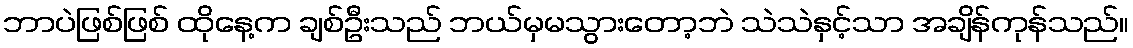
ဘာပဲဖြစ်ဖြစ် ထိုနေ့က ချစ်ဦးသည် ဘယ်မှမသွားတော့ဘဲ သဲသဲနှင့်သာ အချိန်ကုန်သည်။